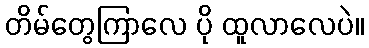
တိမ်တွေကြာလေ ပို ထူလာလေပဲ။